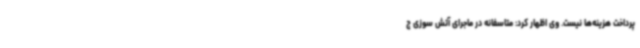
پرداخت هزینه‌ها نیست. وی اظهار کرد: متاسفانه در ماجرای آتش سوزی ج